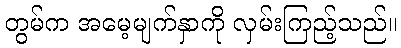
တွမ်က အမေ့မျက်နှာကို လှမ်းကြည့်သည်။